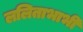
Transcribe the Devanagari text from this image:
ललिताभाभी